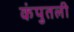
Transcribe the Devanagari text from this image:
कंपुतली